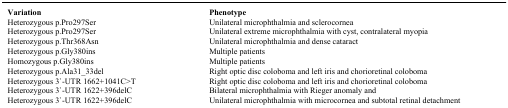
<table><thead><tr><td><b>Variation</b></td><td><b>Phenotype</b></td></tr></thead><tbody><tr><td>Heterozygous p.Pro297Ser</td><td>Unilateral microphthalmia and sclerocornea</td></tr><tr><td>Heterozygous p.Pro297Ser</td><td>Unilateral extreme microphthalmia with cyst, contralateral myopia</td></tr><tr><td>Heterozygous p.Thr368Asn</td><td>Unilateral microphthalmia and dense cataract</td></tr><tr><td>Heterozygous p.Gly380ins</td><td>Multiple patients</td></tr><tr><td>Homozygous p.Gly380ins</td><td>Multiple patients</td></tr><tr><td>Heterozygous p.Ala31_33del</td><td>Right optic disc coloboma and left iris and chorioretinal coloboma</td></tr><tr><td>Heterozygous 3`-UTR 1662+1041C&gt;T</td><td>Right optic disc coloboma and left iris and chorioretinal coloboma</td></tr><tr><td>Heterozygous 3`-UTR 1622+396delC</td><td>Bilateral microphthalmia with Rieger anomaly and</td></tr><tr><td>Heterozygous 3`-UTR 1622+396delC</td><td>Unilateral microphthalmia with microcornea and subtotal retinal detachment</td></tr></tbody></table>